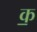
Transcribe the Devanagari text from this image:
क॒